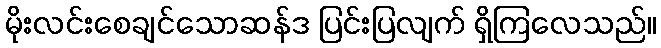
မိုးလင်းစေချင်သောဆန်ဒ ပြင်းပြလျက် ရှိကြလေသည်။